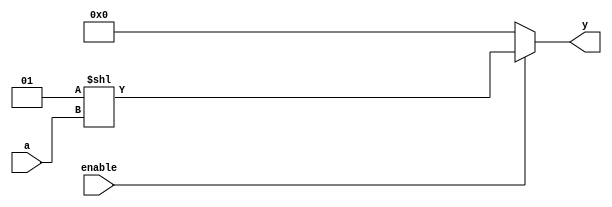
// input(2)one-hot encoding
module decode_nbit
    // Parameteres Section
    # (parameter N=3)
    // Ports section
    (input [N-1:0] a,
    input enable,
    output reg [2**N-1:0] y);

    always @(*) begin
        if (enable == 0)
            y=0;
        else
            y = (1<<a);
    end
endmodule